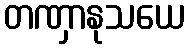
တဏှာနုသယေ